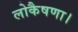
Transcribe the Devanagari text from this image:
लोकैषणा।